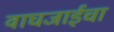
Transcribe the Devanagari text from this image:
वाघजाईचा